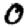
Digit: 0